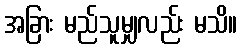
အခြား မည်သူမျှလည်း မသိ။